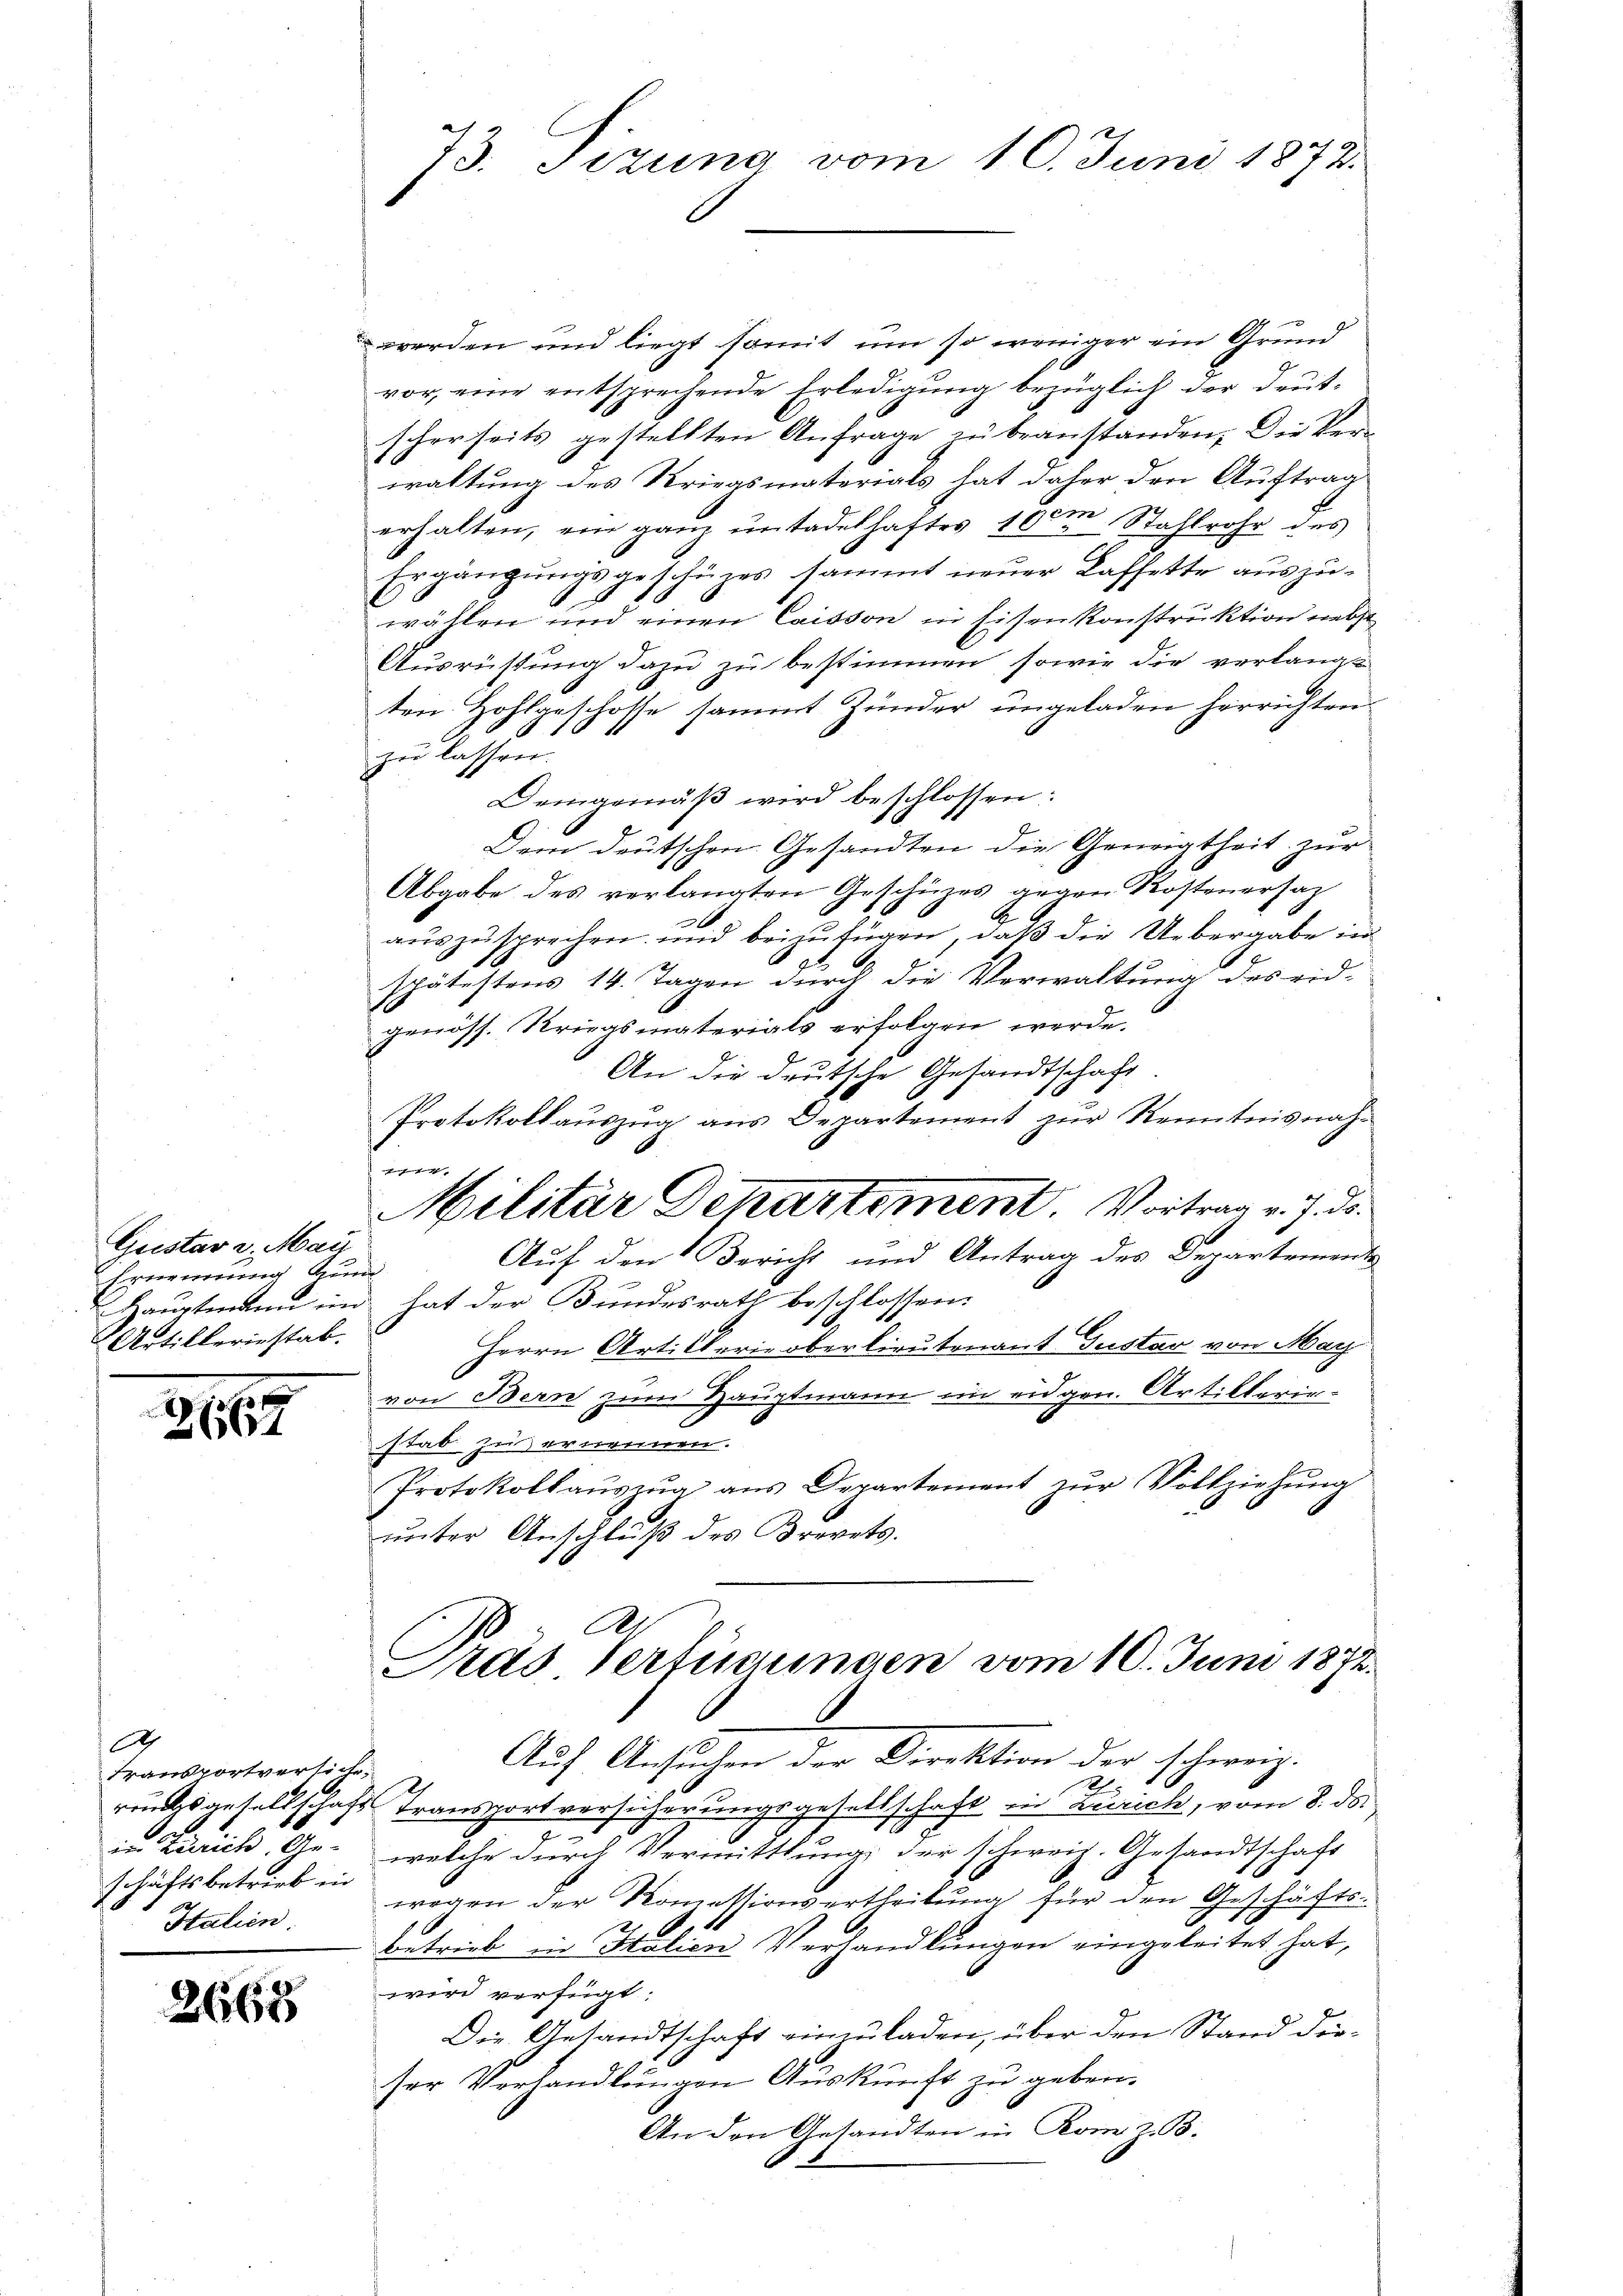
Gustav v. Maÿ
Ernennung Gu
Artilleriestab.

2667

2
Transportversich.
in Lanick Geschäftsbetrieb in
Italien.

2668

73. Tizung vom 10. Juni 1872.

werden und liegt somit um so weniger ein Grund
vor, eine entsprechende Erledigung bezüglich der Druk-
scherseits gestellten Anfrage zu beanstanden. Die Ver-
waltung des Kriegsmaterials hat daher den Auftrag
erhalten, ein ganz untadelhaftes 100m Stahlrohr des
Ergängungsgeschüzes sammt neuer Kaffette auszuwählen und einen Caisson in Eisen konstruktion nebst
Ausrüstung dazu zu bestimmen, sowie die verlangt
ten Hohlgeschosse sammt Zünder ungeladen herrichten.
zu lassen.
Demgemäβ wird beschlossen:
Dem deutschen Gesandten die Geneigtheit zur
Abgabe des verlangten Geschüzes gegen Kostenersaz
aŭszŭsprechen und beizufügen, daß die Uebergabe in
spätestens 14. Tagen durch die Verwaltung des eid-
genöss. Kriegsmaterials erfolgen werde.
An die deutsche Gesandtschaft.
Protokollauszug aus Departement zur Kenntnisnahm
Militär Departement. Vortrag v. J. de
Auf den Bericht und Antrag des Departement
Hauptmann im hat der Bundesrath beschlossen:
Herrn Artillerie oberlieutenant Gustav von May
von Bern zum Hauptmann im eidgen. Artillerie-
stab. Zu ernennen.
Protokollaŭszŭg ans Departement zŭr Vollziehŭng
unter Anschluß des Brevets.
Al

Präs. Verfügungen vom 10. Juni 1872.

Auf Ansuchen der Direktion der schweiz.
1
rungsantellschaft Transportversicherungsgesellschaft in Zürich, vom 8. ds.
welche durch Vermittlung der schweiz. Gesandtschaft
wegen der Konzessionsertheilung für den Geschäftsbetrieb in Italien Verhandlungen eingeleitet hat,
wird verfügt:
Die Gesandtschaft einzuladen, über den Stand dieser Verhandlungen Auskunft zu geben.
An den Gesandten in Rom z. B.